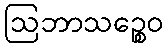
ဩဘာသဉ္စေဝ